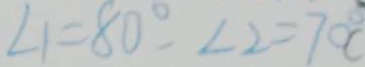
\angle 1 = 8 0 ^ { \circ } , \angle 2 = 7 0 ^ { \circ }